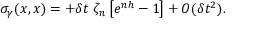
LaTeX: \sigma _ { \gamma } ( x , x ) = + \delta t \; \zeta _ { n } \left[ e ^ { n h } - 1 \right] + O ( \delta t ^ { 2 } ) .